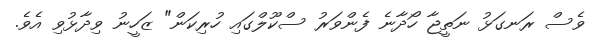
ވެސް ރަނގަޅު ނަތީޖާ ހޯދާނެ ފެންވަރު ސްކޫލްގައި ހުރިކަން" ޒަހީނު ވިދާޅުވި އެވެ.